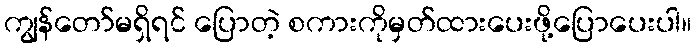
ကျွန်တော်မရှိရင် ပြောတဲ့ စကားကိုမှတ်ထားပေးဖို့ပြောပေးပါ။